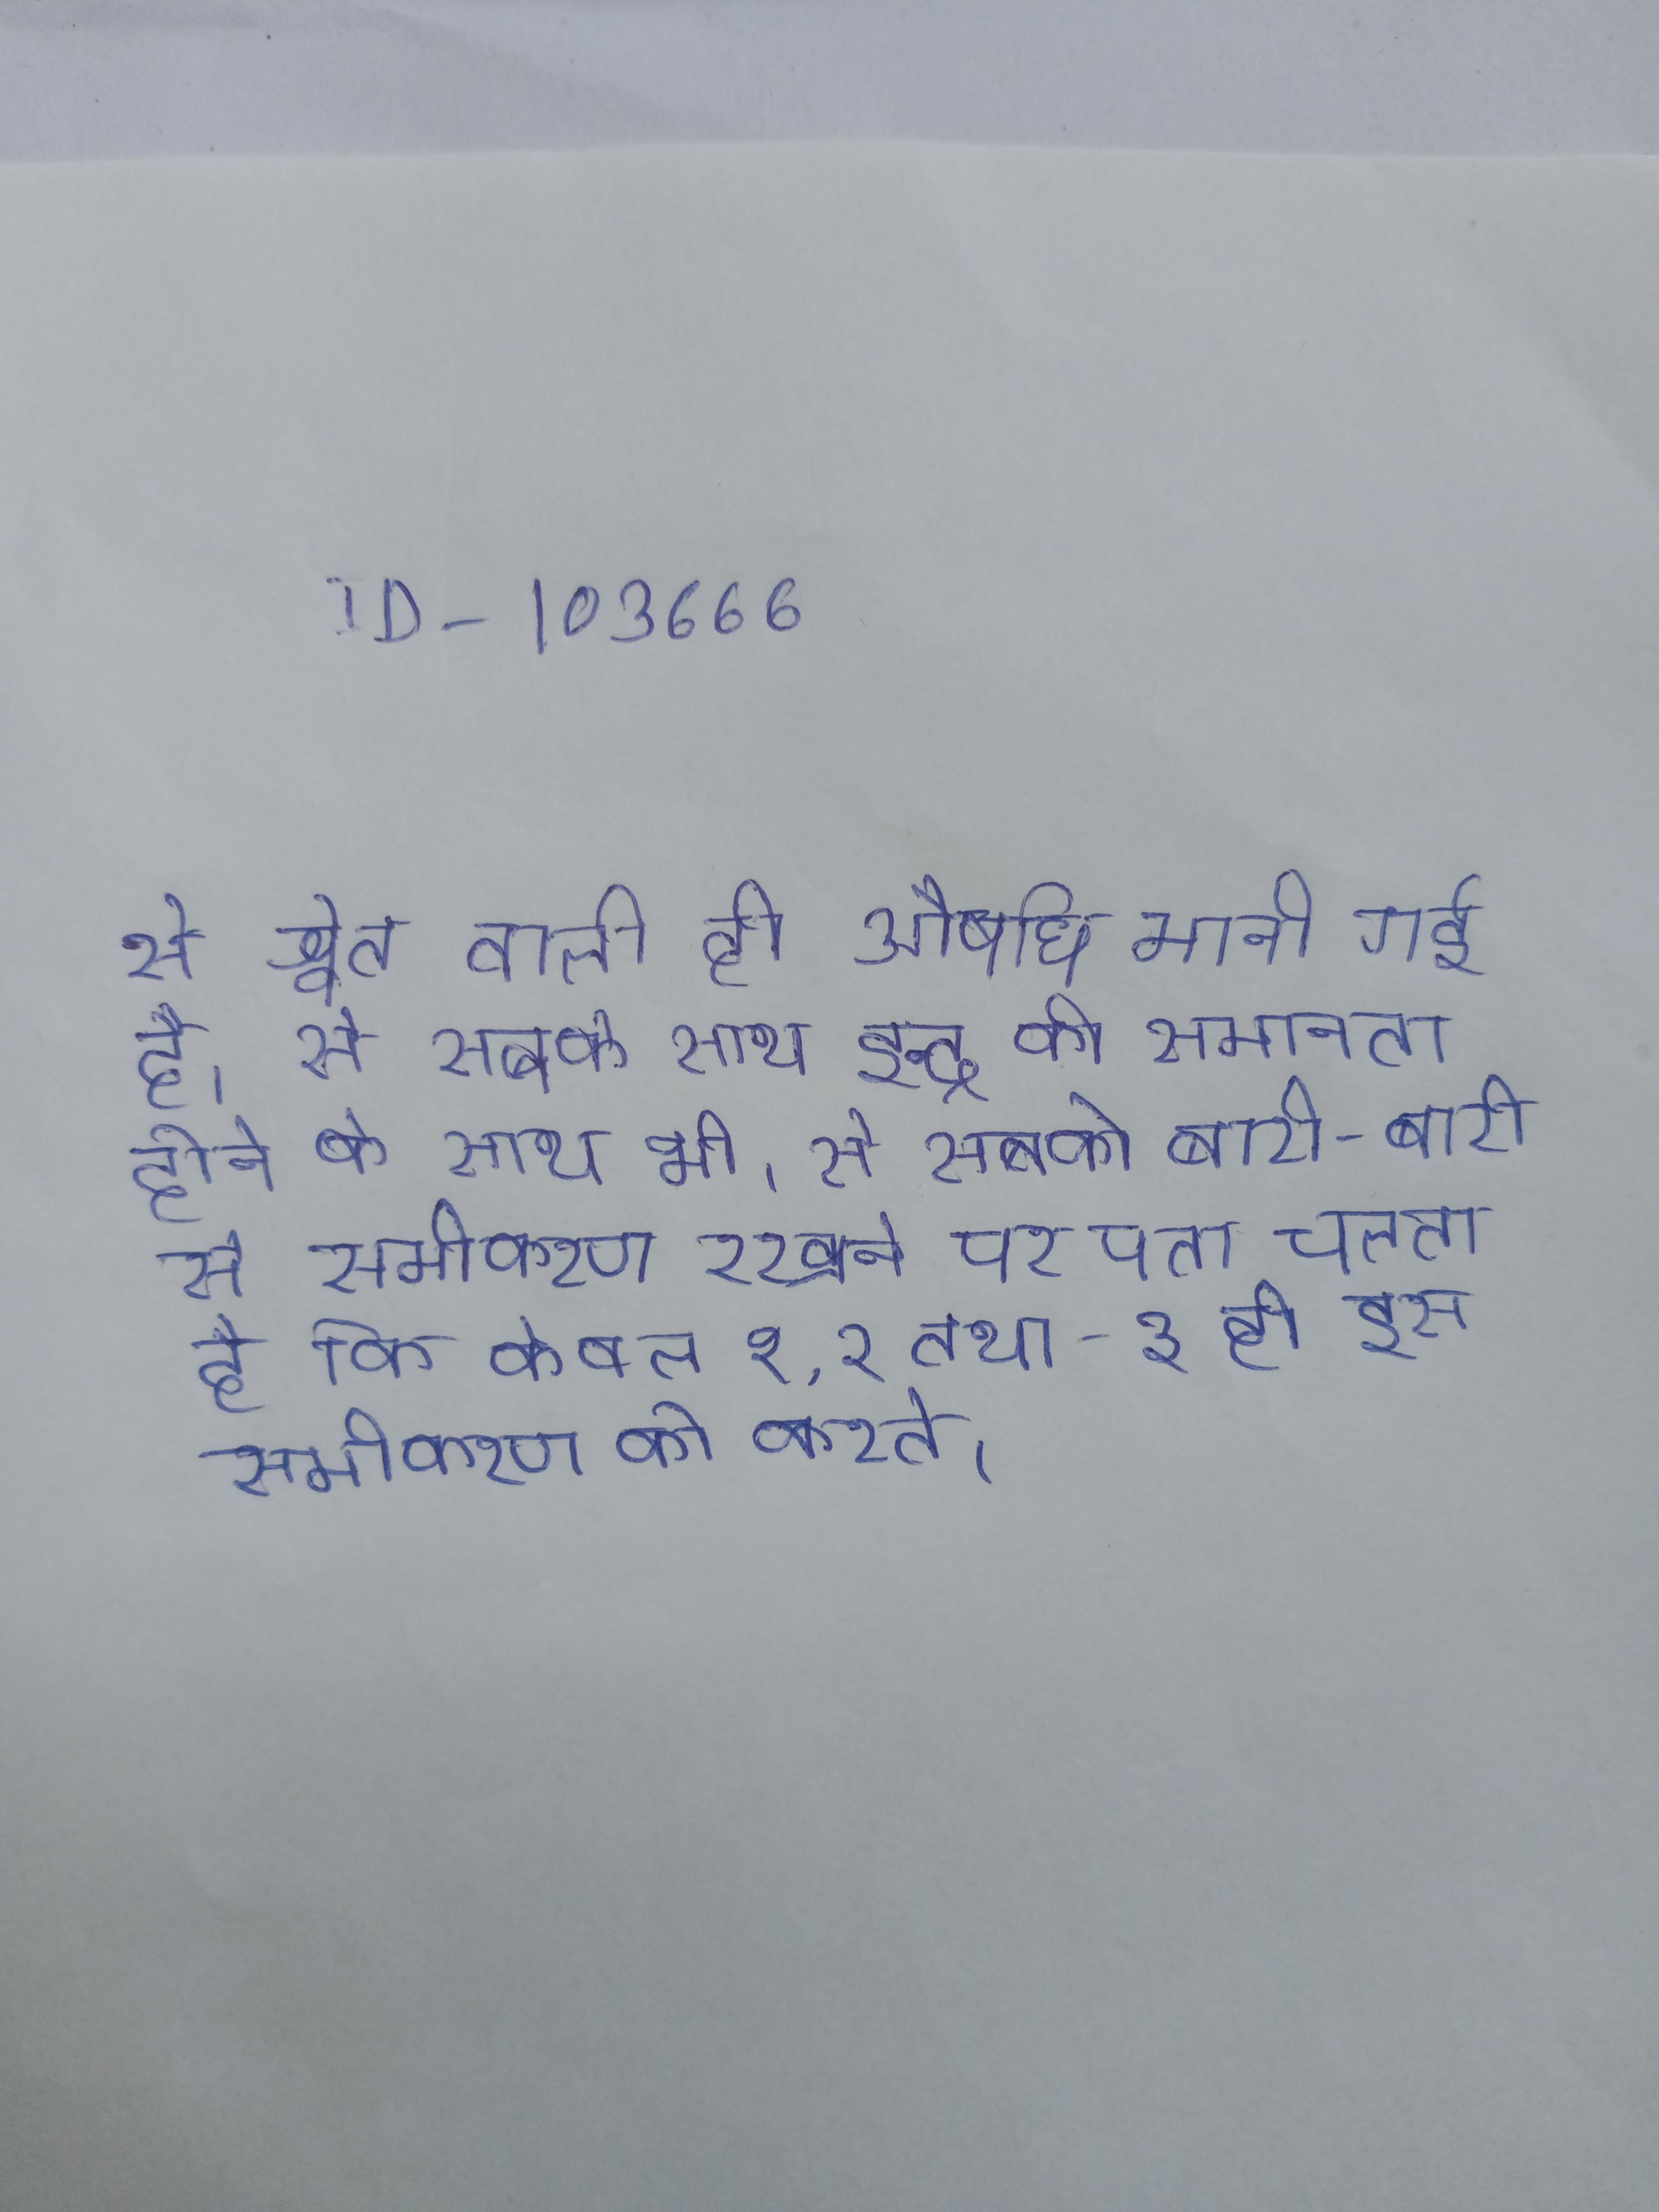
से श्वेत वाली ही औषधि मानी गई है । से सबके साथ इन्द्र की समानता होने के साथ भी । से सबको बारी-बारी से समीकरण रखने पर पता चलता है कि केवल १, २ तथा -३ ही इस समीकरण को करते ।